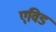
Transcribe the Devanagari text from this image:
एविड